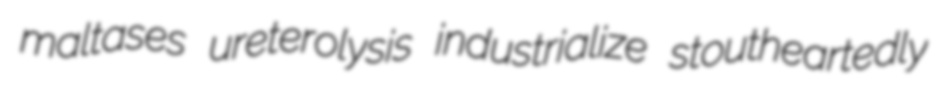
maltases ureterolysis industrialize stoutheartedly